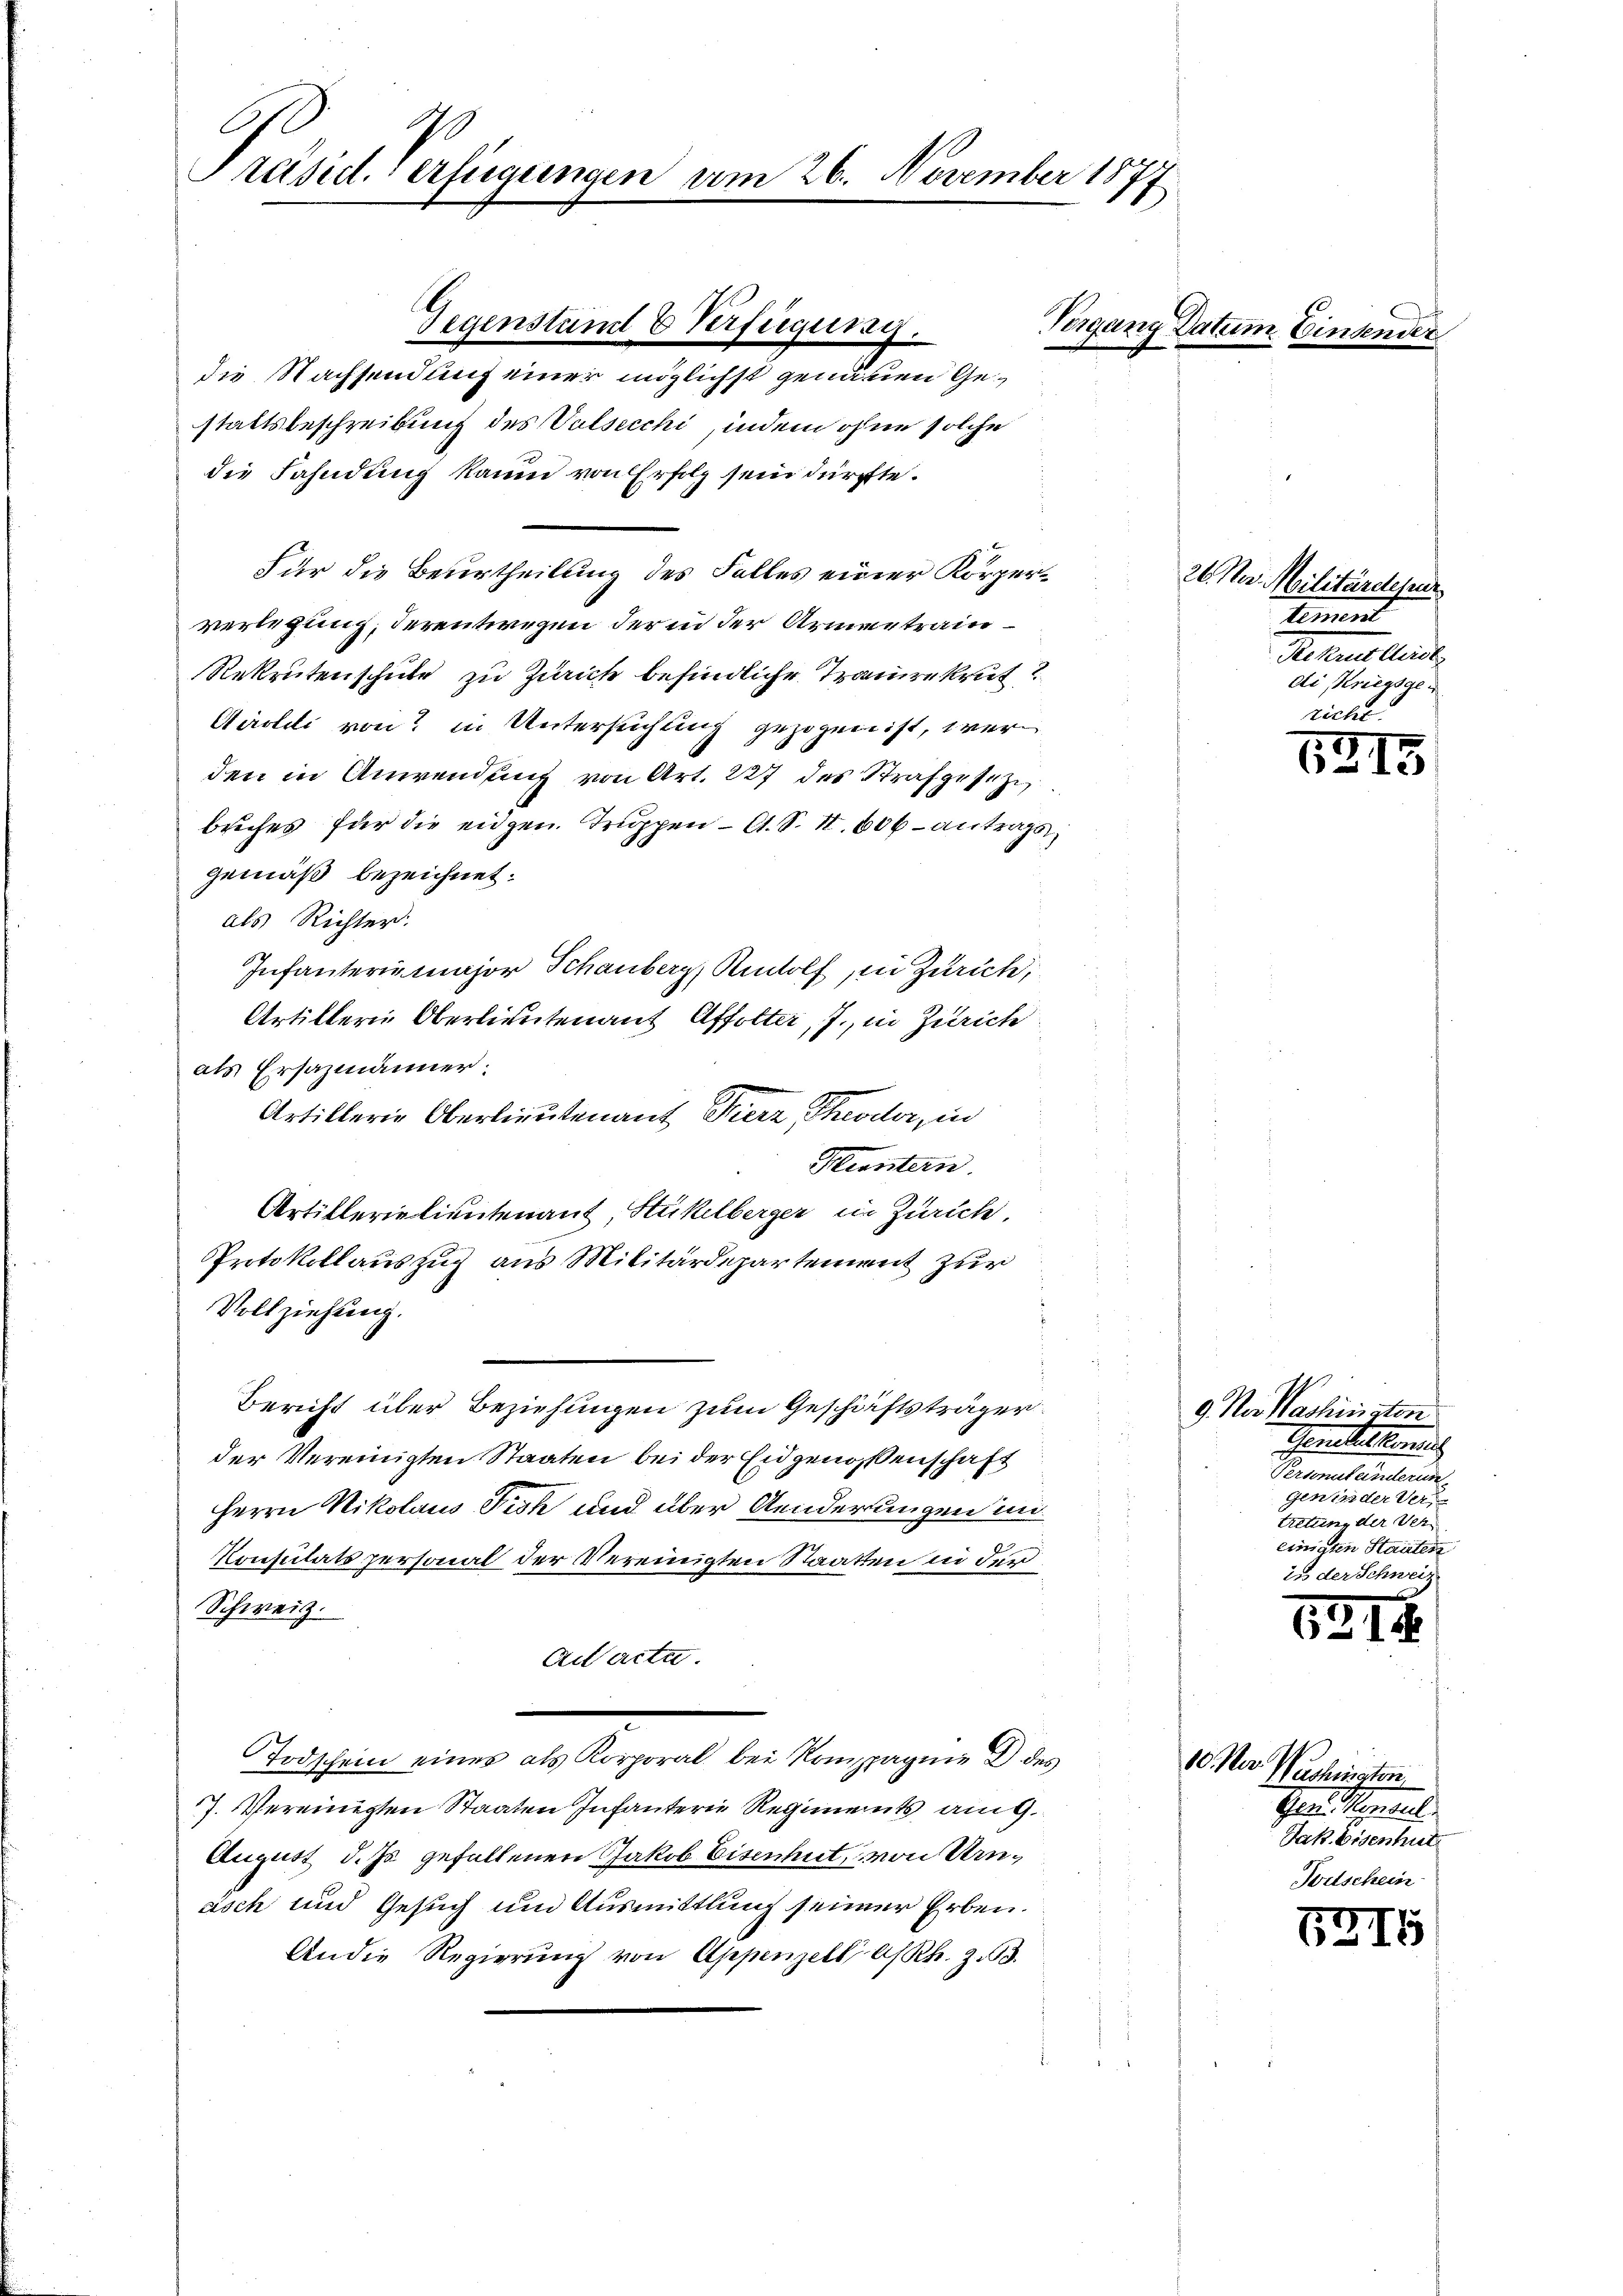
C
Präsid. Verfügungen am 26. November 1877
1

die Nachsendung einer möglichst genauen Gestaltsbeschreibung des Valsecchi, indem ohne solche
die Fahndung kaum von Erfolg sein dürfte.
Für die Beurtheilung des Falles einer Körperverlegung, derentwegen der in der Armen train
Rekrutenschule zu Zürich befindliche Traurekrut?
Airolli von in Untersuchung gezogen ist, werden in Anwendung von Art. 227 des Strafgesetze
buches für die eidgen. Truppen – A. S. II. 606 – antrage,
gemäß bezeichnet.
als Richter.
Infanterin major Schauberg, Rudolf, in Zürich,
Artillerin Oberlieutenant Affolter, J., in Zürich
als Ersazmänner.
Artillerie Oberlieutenant Fierz, Theodor, in
Heuntern.
Artiklerielieutenant Stückelberger in Zürich.
Prtokollauszug aus Militärdepartement zur
Vollziehung.
Bericht über Beziehungen zum Geschäftsträger
der Vereinigten Staaten bei der Eidgenossenschaft
Herrn Nikolaus Fick und über Aenderungen in
Konsulats personal der Vereinigten Staaten in der
Schweiz.
Acacta.
Todschein einer als Korporal bei Kompagnie des
17. Vereinigten Staaten Infanterie Regiments ang
August d. Js. gefallenen Jakob Eisenhut, von Urasch und Gesuch und Ausmittlung seiner Erben.
An die Regierŭng von Appenzell a/Rh. Z. 63.

Gegenstand & Verfügung.

Vergang Datum Einsender

10. Nov. 1

26. Nov. Militärdepar
tement
Rechnelleint.
di Kriegsge
richt.

5.
61

9 No Vaslinisten
Gerstattenlich
Geometentirun
genieder Ver
tretung der Ver-
einigten Staaten
is der Schweiz

7
6-1.

1. Seshingten
Ger. Montheil
Jak. Eisenhut.
Fortschein

7
6315